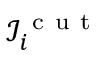
\mathcal I _ { i } ^ { \mathrm { ~ c ~ u ~ t ~ } }